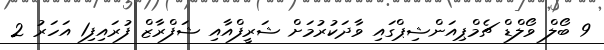
9 ބޯލް ވޯލްޑް ޗެމްޕިއަންޝިޕްގައި ވާދަކުރުމަށް ޝަރީފްއާއި ޝަފްރާޒް ފުރައިފި1 އަހަރު 2